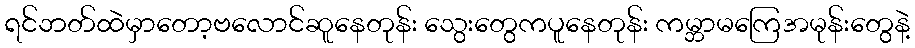
ရင်ဘတ်ထဲမှာတော့ဗလောင်ဆူနေတုန်း သွေးတွေကပူနေတုန်း ကမ္ဘာမကြေအမုန်းတွေနဲ့